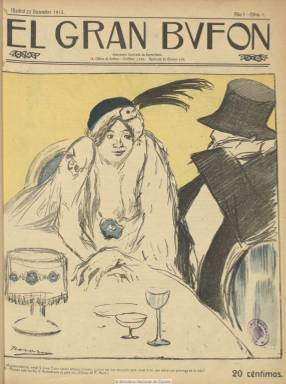
Título: El Gran Bvfón
Otros títulos: Gran Bufón
Colección: Revistas satíricas y humorísticas
Ámbito geográfico: Madrid
Lugar de publicación: Madrid
Fechas: 22/12/1912-03/05/1913

Utilizando la ‘u’ latina en su título, esta revista causó ya gran admiración en su tiempo, fundada y dirigida por quien, desde finales del siglo XIX, se había convertido en un innovador dibujante e ilustrador de la prensa madrileña, Ricardo Marín y Llovet (1874-1955). Publica su primer número el 22 de diciembre de 1912, y sus entregas serán de dieciséis grandes páginas, estampadas muchas de ellas en tricomía, con textos literarios de una larga nómina de escritores modernistas y bohemios y bellas ilustraciones de marcada crítica y fuerte factura expresionista, en las que abundan especialmente las de su propio editor, que fallecería en México, a finales de 1955, país al que había llegado en 1940 formando parte del exilio español.

Con el subtítulo “semanario ilustrado de humorismo” (salía los domingos), se emparentó con las revistas europeas de su tiempo y siguió el modelo de la revista alemana Simplicissimus (1896-1944) en la se habían dado cita Thomas Mann o  Rainer María Rilke y el ilustrador Thomas Theodor Heine. Su portada la ocupará por completo una ilustración a varias tintas, con colores que también serán utilizados en muchas de las que publique en su interior e, incluso, en la tipografía de sus textos, dándole al conjunto una bellísima estampa modernista.

Junto a Marín, publicaron caricaturas, viñetas o apuntes al natural, a lápiz o a pluma, dibujantes ya afamados por entonces, como Mariano Félez Bentura (1883-1950), Salvador Bartolozzi (1882-1950), José Moya del Pino (1891-1969), Ramón Manchón Herrera (1883-1953) o Alfonso Daniel Manuel Rodríguez Castelao (1886-1916), Cerezo Vallejo, Barbero, Villem-Gullwal, Guilbramson o Rulette. Y en sus páginas inician su labor artística dibujantes como Rafael de Penagos (1889-1954) y un Exoristo Salmerón (1877-1925), hijo del que había sido uno de los presidentes de la I República -Nicolás Salmerón-, que utilizaba el seudónimo Tito.

Entre sus redactores y colaboradores literarios se encuentran Jacinto Benavente, Luis Gabaldón, Manuel Abril, Joaquín Dicenta, Diego San José, Carlos Soler, Andrés González Blanco, Emilio Carrere, Juan Brasa, Rafael Leyda, Luis Bonafoux, Prudencio Iglesias Hermida, Federico García Sánchez, Antonio de Hoyos y Vinent, Ismael Urdaneta, Julio Carabias, Eugenio López Aydillo, Gabriel Durenzo, Ramón Fernández Mato, Ceferino R. Avecilla, Rey Soto, Francisco Villaespesa o José Francés. Éste, en un artículo que publicaría en La Vanguardia, el 12 mayo de 1950,  rememoraría la revista de la que había sido uno de sus principales redactores y encumbró, preguntándose por la suerte de un Ricardo Marín del que desconocía su suerte, si había muerto o vivía aún.

El semanario confeccionado por Marín prestó atención a todas las manifestaciones artísticas de su época, desde los espectáculos teatrales y taurinos hasta la exposición de carteles, desde concursos de carrozas hasta las publicaciones literarias, no obviando tampoco la moda, así como los ataques a Maura o a Romanones, a la burocracia, la burguesía y, por extensión, al poder, hasta dar con sus huesos con su probable cierre por orden ministerial, tan generalizado en aquéllos años de la monarquía alfonsina. En sus páginas quedaron retratados artistas, toreros, pintores, escritores, políticos… y tuvo hasta una sección bajo el epígrafe Exlibris. Insertó también anuncios publicitarios de una bella plasticidad en su tipografía e ilustraciones que se sumaban a la de las composiciones literarias y artísticas del conjunto de la revista.

La vida de la revista de Marín fue muy breve y publicó su número 19 y último el tres de mayo de 1913. A partir de su número ocho, había editado como “suplemento de toros” un cuadernillo de cuatro páginas bajo el título Pepe-Hillo, con secuencia propia, y que también puede ser consultado en esta Hemeroteca Digital.

Esta revista  tan cercana a las vanguardias, renovadora tanto por su plasticidad como en lo literario, ha sido estudiada por Sandra Domínguez Carrero en varias de sus facetas, desde la presencia en ella de Ramón María del Valle Inclán hasta su visión de la ciudad bajo la conceptualización de un Charles Baudelaire. También López Ruiz (2006) la ha calificado de magnífica publicación obra de un extraordinario dibujante, que también fue, entre otras de sus facetas, ilustrador en solitario de una edición del Quijote digna de bibliófilos.